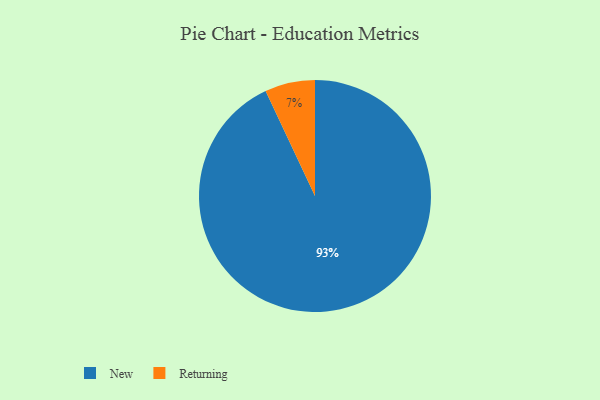
{"axis": {"x": "Category", "y": "Percentage"}, "legend": ["New", "Returning"], "data": [{"x": "New", "y": 93, "type": "New"}, {"x": "Returning", "y": 7, "type": "Returning"}]}